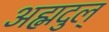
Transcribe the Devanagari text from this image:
अह्मदुल्